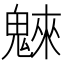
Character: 𩳳